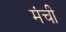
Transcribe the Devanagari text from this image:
मंची